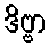
ဒိဗ္ဗာ